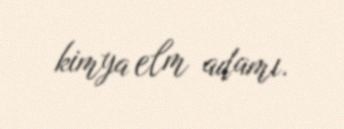
kimya elm adamı.